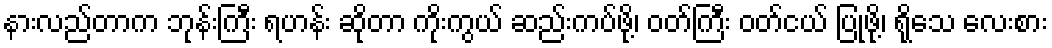
နားလည်တာက ဘုန်းကြီး ရဟန်း ဆိုတာ ကိုးကွယ် ဆည်းကပ်ဖို့၊ ဝတ်ကြီး ဝတ်ငယ် ပြုဖို့၊ ရိုသေ လေးစား